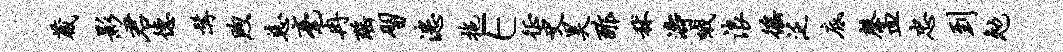
葳影君德髯煦慈毫冉瑶习漶拖E徵史昊酢秫涛哦浪徭泛底馨皿忠到勉